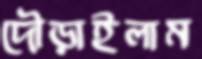
দৌড়াইলাম